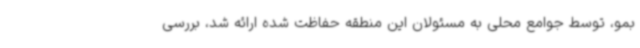
بمو، توسط جوامع محلی به مسئولان این منطقه حفاظت شده ارائه شد، بررسی